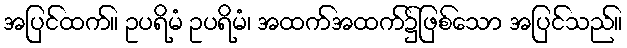
အပြင်ထက်။ ဥပရိမံ ဥပရိမံ၊ အထက်အထက်၌ဖြစ်သော အပြင်သည်။